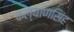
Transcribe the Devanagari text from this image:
कल्‍याणसिंह